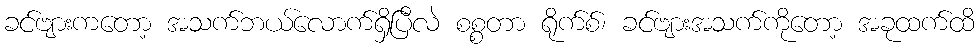
ခင်ဗျားကတော့ အသက်ဘယ်လောက်ရှိပြီလဲ စစ္စတာ ရိုက်စ်၊ ခင်ဗျားအသက်ကိုတော့ အခုထက်ထိ